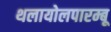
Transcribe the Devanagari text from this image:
थलायोलपारम्बू